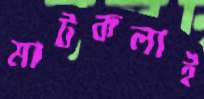
মাটকলাই